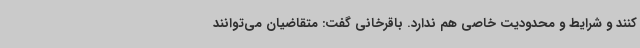
کنند و شرایط و محدودیت خاصی هم ندارد. باقرخانی گفت: متقاضیان می‌توانند